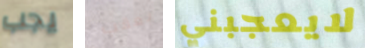
يجب بعقب لايعجبني